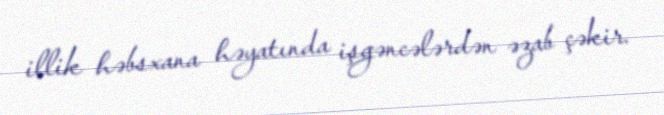
illik həbsxana həyatında işgəncələrdən əzab çəkir.